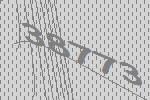
38773